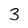
Character: 3